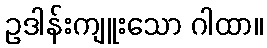
ဥဒါန်းကျူးသော ဂါထာ။